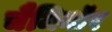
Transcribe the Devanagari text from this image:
चैमिनॉर